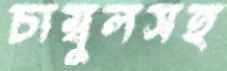
চাম্বুলসহ